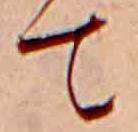
て